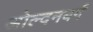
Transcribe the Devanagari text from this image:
ओल्दनबर्ग